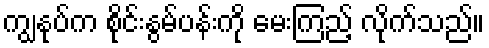
ကျွနုပ်က စိုင်းနွမ်ပန်းကို မေးကြည့် လိုက်သည်။